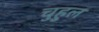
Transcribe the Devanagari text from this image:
चुहुल